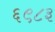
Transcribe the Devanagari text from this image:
६९८३